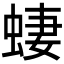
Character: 𫋂